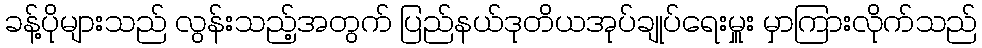
ခန့်ပိုများသည် လွန်းသည့်အတွက် ပြည်နယ်ဒုတိယအုပ်ချုပ်ရေးမှူး မှာကြားလိုက်သည်